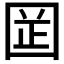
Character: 𡇬